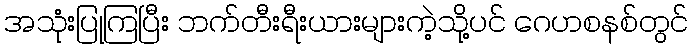
အသုံးပြုကြပြီး ဘက်တီးရီးယားများကဲ့သို့ပင် ဂေဟစနစ်တွင်